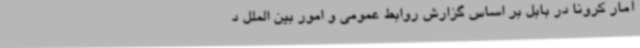
آمار کرونا در بابل بر اساس گزارش روابط‌ عمومی و امور بین ‌الملل د